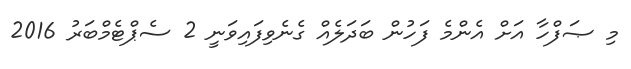
މި ޞަފްހާ އަށް އެންމެ ފަހުން ބަދަލެއް ގެނެވިފައިވަނީ 2 ސެޕްޓެމްބަރު 2016